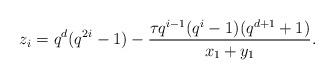
LaTeX: \begin{align*} z_i = q^d (q^{2i}-1) - \frac{\tau q^{i-1}(q^i-1)(q^{d+1}+1)} {x_1 + y_1}. \end{align*}